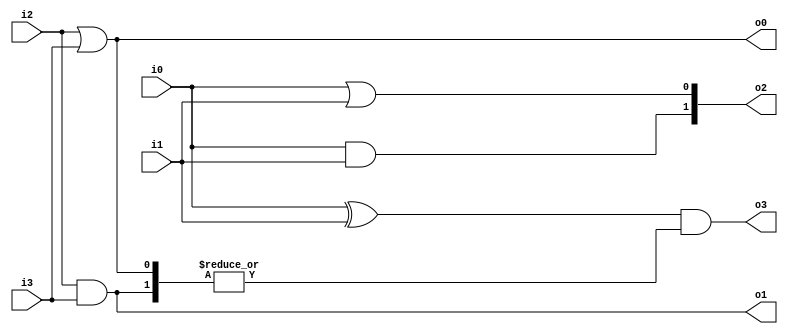
module dataflow (i0, i1, i2, i3, o0, o1, o2, o3);

	input i0, i1, i2, i3;
	output o0, o1;
	output [1:0] o2;
	output o3;

	wire t0;
	wire [1:0] t1;

	// implicit assignment without delay
	wire t2 = i0 & i1;

	// implicit assignment with delay
	wire #5 t3 = i0 | i1;

	// explicit assignmnet to wire without delay
	assign t0 = i0 ^ i1;

	// explicit assignmnet to wire with delay
	assign #4 t1[0] = i2 & i3;
	assign #4 t1[1] = i2 | i3;

	// explicit assignment with complex lhs
	assign {o0,o1} = t1;

	// explicit assignment with complex rhs
	assign o2 = {t2,t3};

	assign o3 = t0 & (|t1);

endmodule